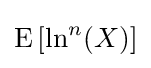
\operatorname {E} \left[\ln ^{n}(X)\right]